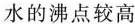
水的沸点较高